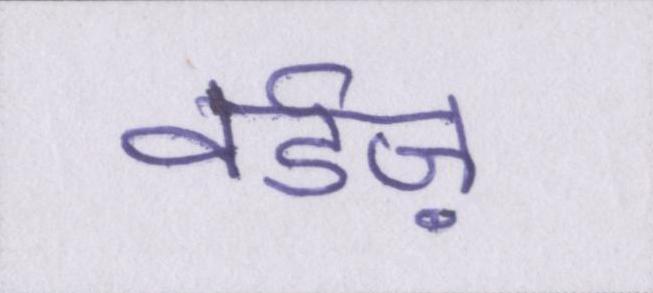
वर्डज़